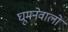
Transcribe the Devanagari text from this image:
घूमनेवालों